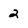
Character: 2